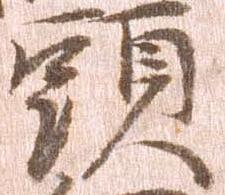
頭